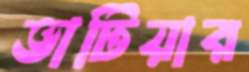
ভাটিয়ার